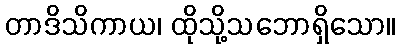
တာဒိသိကာယ၊ ထိုသို့သဘောရှိသော။